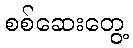
စစ်ဆေးတွေ့